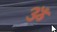
ૐ